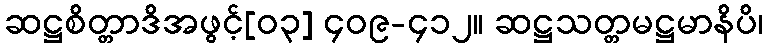
ဆဋ္ဌစိတ္တာဒိအဖွင့်[၀၃] ၄၀၉-၄၁၂။ ဆဋ္ဌသတ္တမဋ္ဌမာနိပိ၊